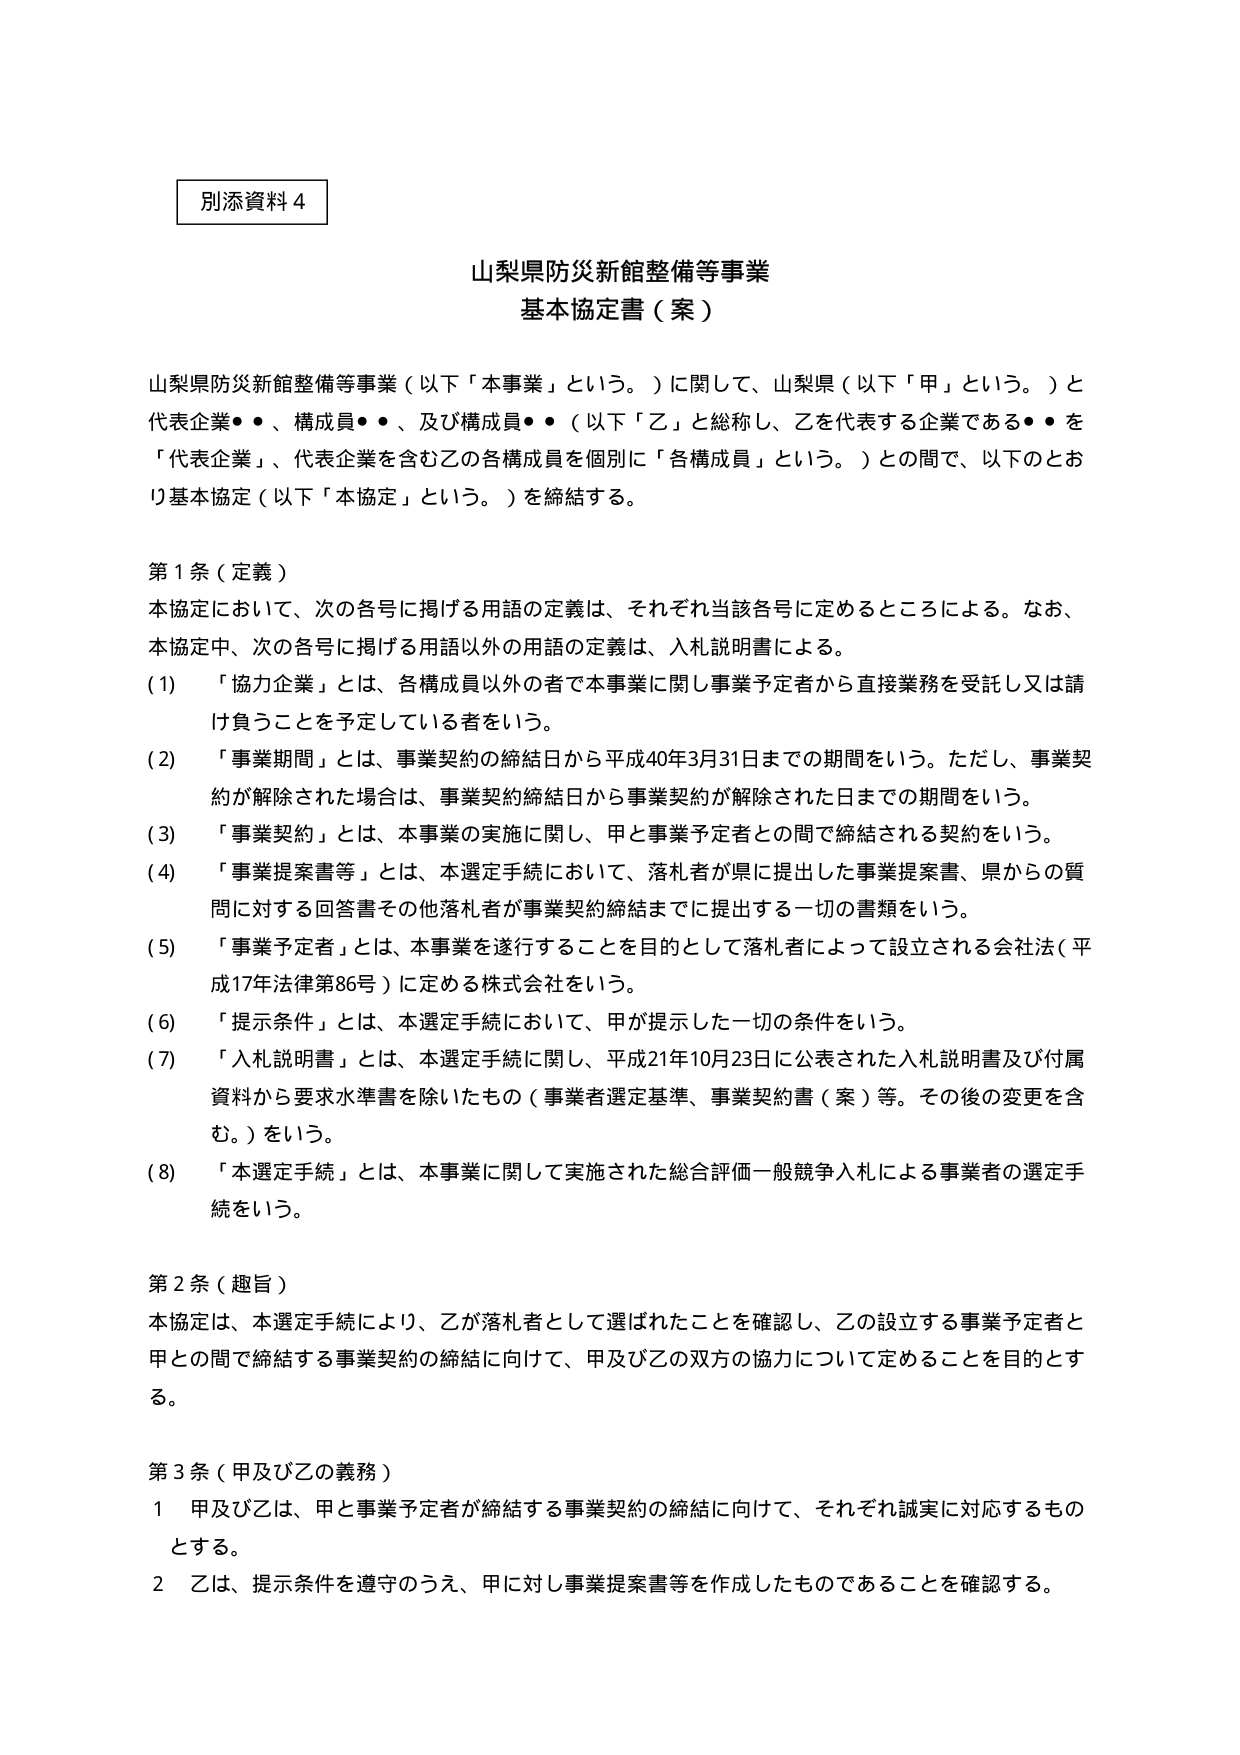
別添資料４

山梨県防災新館整備等事業
基本協定書（案）

山梨県防災新館整備等事業（以下「本事業」という。）に関して、山梨県（以下「甲」という。）と代表企業●●、構成員●●、及び構成員●●（以下「乙」と総称し、乙を代表する企業である●●を「代表企業」、代表企業を含む乙の各構成員を個別に「各構成員」という。）との間で、以下のとおり基本協定（以下「本協定」という。）を締結する。

第１条（定義）
本協定において、次の各号に掲げる用語の定義は、それぞれ当該各号に定めるところによる。なお、本協定中、次の各号に掲げる用語以外の用語の定義は、入札説明書による。
(1) 「協力企業」とは、各構成員以外の者で本事業に関し事業予定者から直接業務を受託し又は請け負うことを予定している者をいう。
(2) 「事業期間」とは、事業契約の締結日から平成40年3月31日までの期間をいう。ただし、事業契約が解除された場合は、事業契約締結日から事業契約が解除された日までの期間をいう。
(3) 「事業契約」とは、本事業の実施に関し、甲と事業予定者との間で締結される契約をいう。
(4) 「事業提案書等」とは、本選定手続において、落札者が県に提出した事業提案書、県からの質問に対する回答書その他落札者が事業契約締結までに提出する一切の書類をいう。
(5) 「事業予定者」とは、本事業を遂行することを目的として落札者によって設立される会社法（平成17年法律第86号）に定める株式会社をいう。
(6) 「提示条件」とは、本選定手続において、甲が提示した一切の条件をいう。
(7) 「入札説明書」とは、本選定手続に関し、平成21年10月23日に公表された入札説明書及び付属資料から要求水準書を除いたもの（事業者選定基準、事業契約書（案）等。その後の変更を含む。）をいう。
(8) 「本選定手続」とは、本事業に関して実施された総合評価一般競争入札による事業者の選定手続をいう。

第２条（趣旨）
本協定は、本選定手続により、乙が落札者として選ばれたことを確認し、乙の設立する事業予定者と甲との間で締結する事業契約の締結に向けて、甲及び乙の双方の協力について定めることを目的とする。

第３条（甲及び乙の義務）
１ 甲及び乙は、甲と事業予定者が締結する事業契約の締結に向けて、それぞれ誠実に対応するものとする。
２ 乙は、提示条件を遵守のうえ、甲に対し事業提案書等を作成したものであることを確認する。